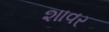
શાવર